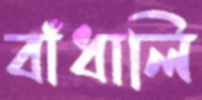
বাঁধালি